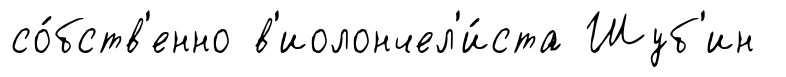
со́бств'енно в'иолончел'и́ста Шуб'ин